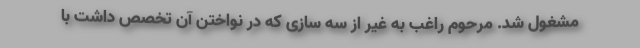
مشغول شد. مرحوم راغب به غیر از سه سازی که در نواختن آن تخصص داشت با